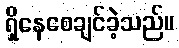
ရှိနေစေချင်ခဲ့သည်။